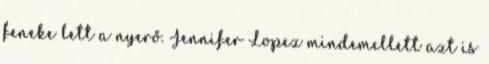
feneke lett a nyerő. Jennifer Lopez mindemellett azt is